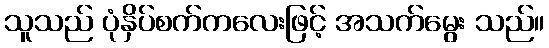
သူသည် ပုံနှိပ်စက်ကလေးဖြင့် အသက်မွေး သည်။